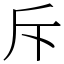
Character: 斥